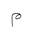
Letter: _mim